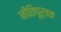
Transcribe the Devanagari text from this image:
नीतिपूर्वक